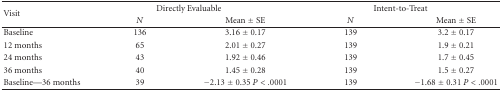
<table><thead><tr><td rowspan="2"><b>Visit</b></td><td colspan="2"><b>Directly Evaluable</b></td><td colspan="2"><b>Intent-to-Treat</b></td></tr><tr><td><b><i>N</i></b></td><td><b>Mean ± SE</b></td><td><b><i>N</i></b></td><td><b>Mean ± SE</b></td></tr></thead><tbody><tr><td>Baseline</td><td>136</td><td>3.16 ± 0.17</td><td>139</td><td>3.2 ± 0.17</td></tr><tr><td>12 months</td><td>65</td><td>2.01 ± 0.27</td><td>139</td><td>1.9 ± 0.21</td></tr><tr><td>24 months</td><td>43</td><td>1.92 ± 0.46</td><td>139</td><td>1.7 ± 0.45</td></tr><tr><td>36 months</td><td>40</td><td>1.45 ± 0.28</td><td>139</td><td>1.5 ± 0.27</td></tr><tr><td>Baseline—36 months</td><td>39</td><td>−2.13 ± 0.35 <i>P</i> &lt; .0001</td><td>139</td><td>−1.68 ± 0.31 <i>P</i> &lt; .0001</td></tr></tbody></table>